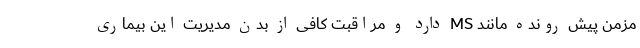
مزمن پیش رونده مانند MS دارد و مراقبت کافی از بدن مدیریت این بیماری